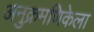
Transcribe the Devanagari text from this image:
अनुक्रमणिकेला